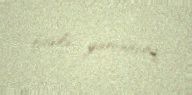
fasilə yaranacaq.